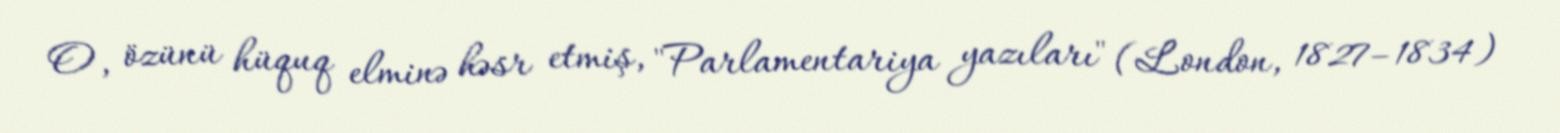
O, özünü hüquq elminə həsr etmiş, "Parlamentariya yazıları" (London, 1827–1834)